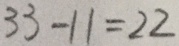
3 3 - 1 1 = 2 2